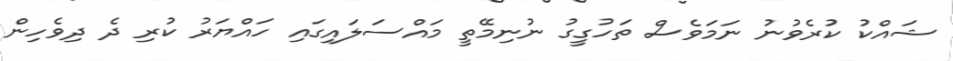
ޝައްކު ކުރެވުނު ނަމަވެސް ތަހުގީގު ނުނިމޭތީ މައްސަލައިގައި ހައްޔަރު ކުރި ދެ ދިވެހިން